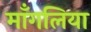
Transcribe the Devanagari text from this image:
माँगलिया